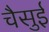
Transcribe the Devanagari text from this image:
चैसुई